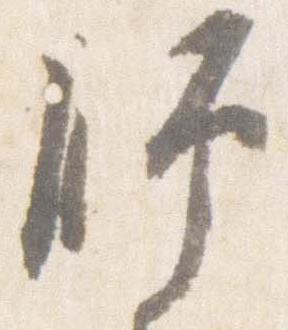
師